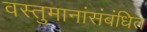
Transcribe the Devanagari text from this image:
वस्तुमानांसंबंधित